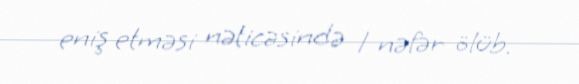
eniş etməsi nəticəsində 1 nəfər ölüb.